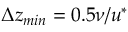
\Delta z _ { m i n } = 0 . 5 \nu / u ^ { * }